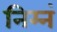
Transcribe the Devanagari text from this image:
निम्नं